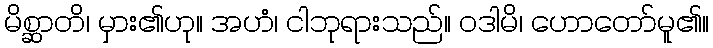
မိစ္ဆာတိ၊ မှား၏ဟု။ အဟံ၊ ငါဘုရားသည်။ ဝဒါမိ၊ ဟောတော်မူ၏။